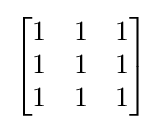
{\begin{bmatrix}1&1&1\\1&1&1\\1&1&1\end{bmatrix}}